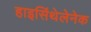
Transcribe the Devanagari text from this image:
हाइसिंथेलेनेक